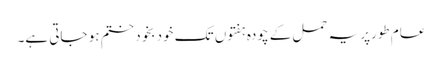
عام طورپر یہ حمل کے چودہ ہفتوں تک خود بخود ختم ہو جاتی ہے۔